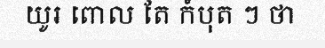
យូរ ពោល តែ កំបុត ៗ ថា